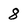
Character: 8